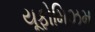
યૂફોમિઝમ